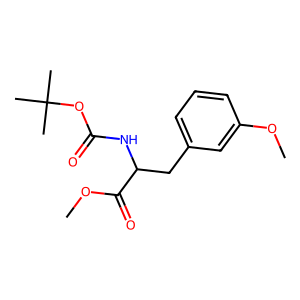
SMILES: COC(=O)C(Cc1cccc(OC)c1)NC(=O)OC(C)(C)C
Inhibits HIV replication: No